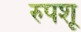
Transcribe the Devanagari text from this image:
रुपशू